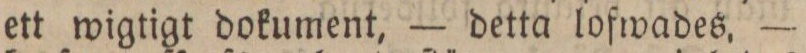
ett wigtigt dokument, — detta lofwades, —